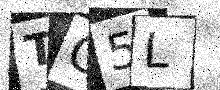
Text: TG5L